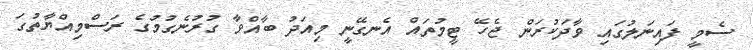
ސެމީ ފައިނަލުގައި ވާދަކުރަން ޖެހޭ ޓީމުތައް އެނގޭނީ މިއަދު ބާއްވާ ގުރުނެގުމުގެ ރަސްމިއްޔާތުގަ